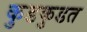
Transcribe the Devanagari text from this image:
कुडकुडत